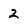
Character: 2